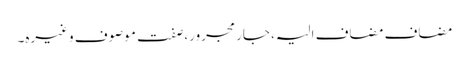
مضاف مضاف الیہ، جار مجرور، صفت موصوف وغیرہ۔